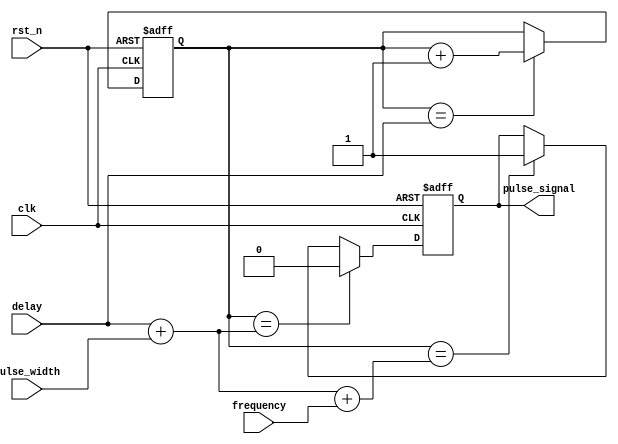
module programmable_pulse_generator (
    input wire clk,
    input wire rst_n,
    input wire [15:0] pulse_width,
    input wire [15:0] frequency,
    input wire [15:0] delay,
    output reg pulse_signal
);

reg [15:0] counter;

always @ (posedge clk or negedge rst_n)
begin
    if (!rst_n)
        counter <= 16'b0;
    else if (counter == delay)
        counter <= counter + 1;
end

always @ (posedge clk or negedge rst_n)
begin
    if (!rst_n)
        pulse_signal <= 1'b0;
    else if (counter == delay + pulse_width)
        pulse_signal <= 1'b0;
    else if (counter == delay + pulse_width + frequency)
        pulse_signal <= 1'b1;
end

endmodule